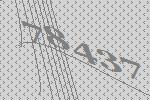
78437